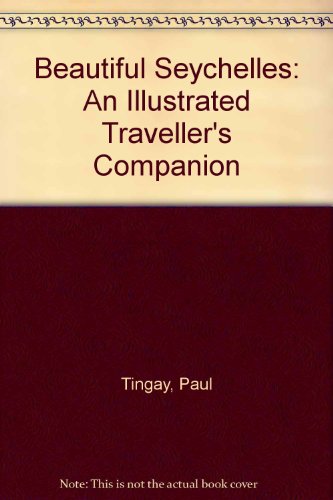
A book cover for Beautiful Seychelles: An Illustrated Traveller's Companion; Paul Tingay; Travel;